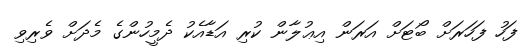
ފަހު ފަހަރަށް ބޯޓަށް އަރަން އިޢުލާން ކުރި އަޑާއެކު ދެމީހުންގެ މެދަށް ވެރިވި